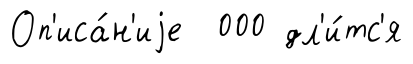
Оп'иса́н'иjе 000 дл'и́тс'я